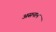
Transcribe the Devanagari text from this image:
असनान